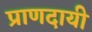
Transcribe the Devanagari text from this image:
प्राणदायी